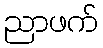
ညာဖက်